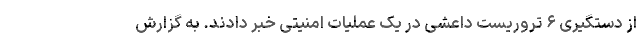
از دستگیری ۶ تروریست داعشی در یک عملیات امنیتی خبر دادند. به گزارش